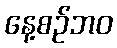
နေ့စဉ်ဘဝ